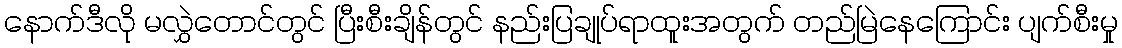
နောက်ဒီလို မလွှဲတောင်တွင် ပြီးစီးချိန်တွင် နည်းပြချုပ်ရာထူးအတွက် တည်မြဲနေကြောင်း ပျက်စီးမှု